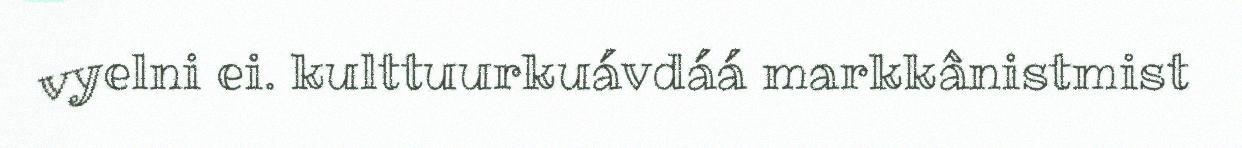
vyelni ei. kulttuurkuávdáá markkânistmist